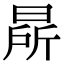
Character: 㫹